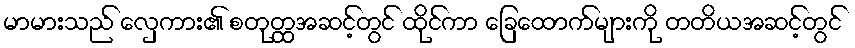
မာမားသည် လှေကား၏ စတုတ္ထအဆင့်တွင် ထိုင်ကာ ခြေထောက်များကို တတိယအဆင့်တွင်